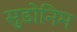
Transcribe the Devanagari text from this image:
सुडोनिम